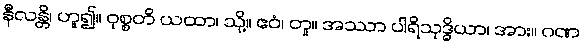
နီလန္တိ၊ ဟူ၍။ ဝုစ္စတိ ယထာ၊ သို့။ ဧဝံ၊ တူ။ အဿာ ပါရိသုဒ္ဓိယာ၊ အား။ ဂဏ